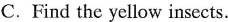
C.Find the yellow insects.